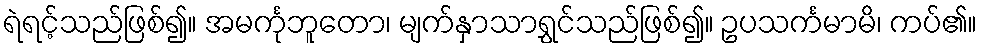
ရဲရင့်သည်ဖြစ်၍။ အမင်္ကုဘူတော၊ မျက်နှာသာရွှင်သည်ဖြစ်၍။ ဥပသင်္ကမာမိ၊ ကပ်၏။